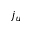
j _ { u }